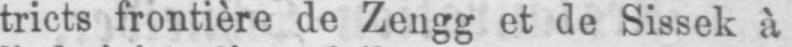
tricts frontière de Zengg et de Sissek à